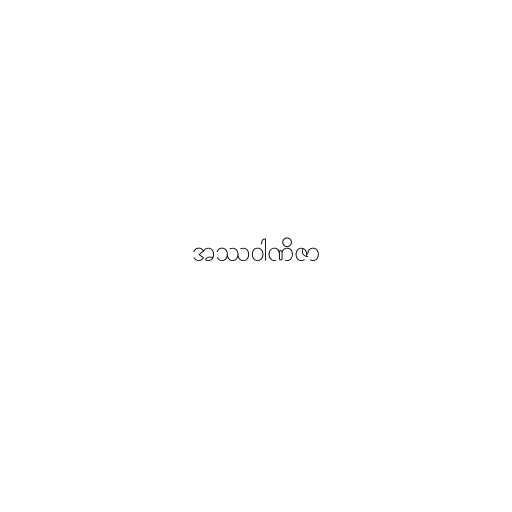
အဿဝါဏိဇာ